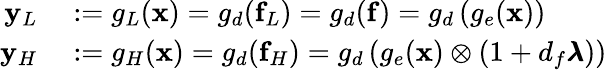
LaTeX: \begin{array}{rl}{\mathbf{y}_{L}}&{{}:=g_{L}(\mathbf{x})=g_{d}(\mathbf{f}_{L})=g_{d}(\mathbf{f})=g_{d}\left(g_{e}(\mathbf{x})\right)}\\ {\mathbf{y}_{H}}&{{}:=g_{H}(\mathbf{x})=g_{d}(\mathbf{f}_{H})=g_{d}\left(g_{e}(\mathbf{x})\otimes\left(1+d_{f}\pmb{\lambda}\right)\right)}\end{array}